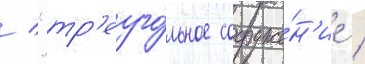
/ "тр'еуго́льное сооруже́н'ие /